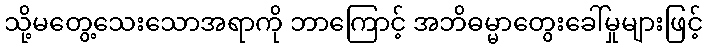
သို့မတွေ့သေးသောအရာကို ဘာကြောင့် အဘိဓမ္မာတွေးခေါ်မှုများဖြင့်